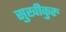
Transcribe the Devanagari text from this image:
सुखीकुरु